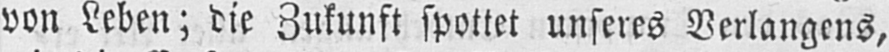
von Leben; die Zukunft spottet unseres Verlangens,